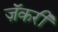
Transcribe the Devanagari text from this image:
ज़ॅकरी